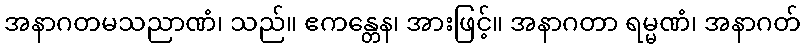
အနာဂတမသညာဏံ၊ သည်။ ဧကန္တေန၊ အားဖြင့်။ အနာဂတာ ရမ္မဏံ၊ အနာဂတ်